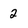
Character: 2